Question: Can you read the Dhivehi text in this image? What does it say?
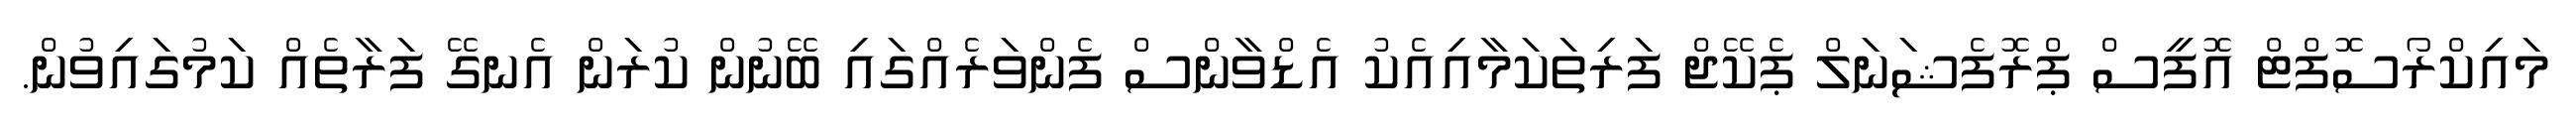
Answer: މައިކްރޯސޮފްޓް އޮފީސް ޕްރޮފެޝަނަލް ޕެކޭޖް ފަރިތަކަމާއިއެކު އެޑްވާންސް ފެންވަރެއްގައި ބޭނުން ކުރަން އެނގޭ ފަރާތެއް ކަމުގައިވުން.